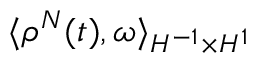
\langle \rho ^ { N } ( t ) , \omega \rangle _ { H ^ { - 1 } \times H ^ { 1 } }